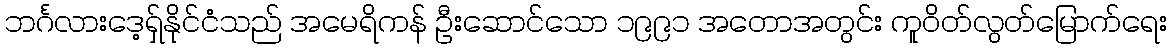
ဘင်္ဂလားဒေ့ရှ်နိုင်ငံသည် အမေရိကန် ဦးဆောင်သော ၁၉၉၁ အတောအတွင်း ကူဝိတ်လွတ်မြောက်ရေး